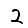
Digit: 2